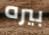
بيره